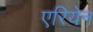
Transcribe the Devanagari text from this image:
एरियेन